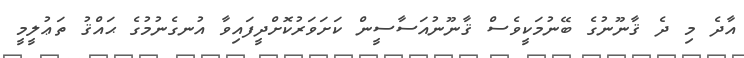
އާދެ މި ދެ ޤާނޫނުގެ ބޭނުމަކީވެސް ޤާނޫނުއަސާސީން ކަށަވަރުކޮށްދީފައިވާ އުނގެނުމުގެ ޙައްޤު ތަޢުލީމީ